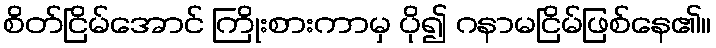
စိတ်ငြိမ်အောင် ကြိုးစားကာမှ ပို၍ ဂနာမငြိမ်ဖြစ်နေ၏။